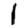
Digit: 1